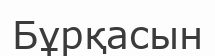
Бұрқасын